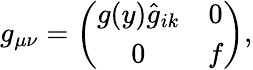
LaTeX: g_{\mu\nu}=\left(\begin{array}{cc}{{g(y)\hat{g}_{ik}}}&{{0}}\\ {{0}}&{{f}}\end{array}\right),